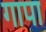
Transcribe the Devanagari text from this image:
गापा